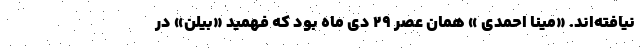
نیافته‌اند. «مینا احمدی » همان عصر ٢٩ دی ماه بود که فهمید «بیلن» در